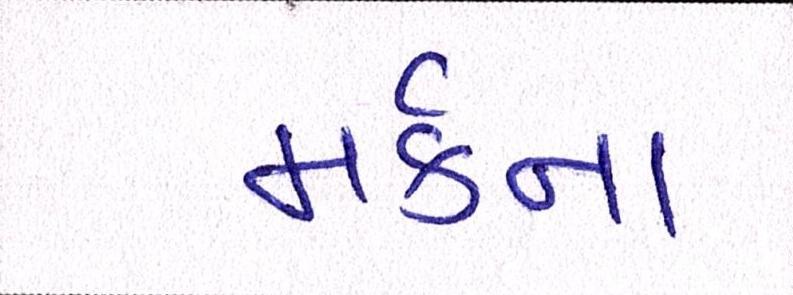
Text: મર્કના